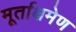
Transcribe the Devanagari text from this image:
मूर्ताक्षमेण